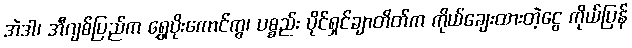
အဲဒါ၊ အီဂျစ်ပြည်က ရွှေပိုးကောင်ကွ၊ ပစ္စည်း ပိုင်ရှင်ချာတိတ်က ကိုယ်ချေးထားတဲ့ငွေ ကိုယ်ပြန်